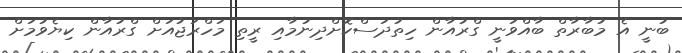
ބުނީ އެ މުބާރާތް ބާއްވަނީ ގްރުއާން ހިތުދަސްކޮށްދިނުމާއި ރީތި މަހްރަޖުއަށް ގްރުއާން ކިޔެވުމަށް